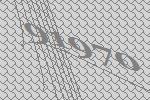
91970